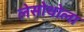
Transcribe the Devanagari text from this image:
लेसोथोला